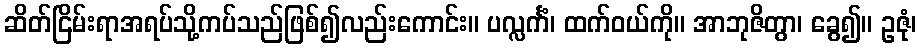
ဆိတ်ငြိမ်းရာအရပ်သို့ကပ်သည်ဖြစ်၍လည်းကောင်း။ ပလ္လင်္ကံ၊ ထက်ဝယ်ကို။ အာဘုဇိတွာ၊ ခွေ၍။ ဥဇုံ၊